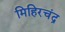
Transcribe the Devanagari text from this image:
मिहिरचंद्र